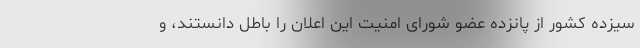
سیزده کشور از پانزده عضو شورای امنیت این اعلان را باطل دانستند، و